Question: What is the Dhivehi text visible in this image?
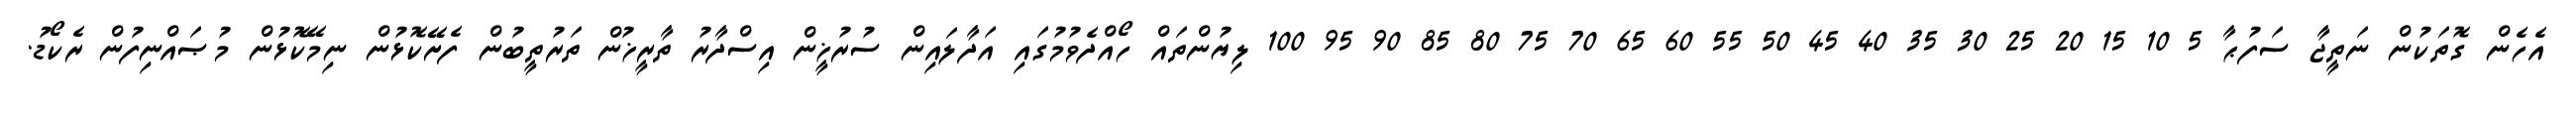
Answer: އެހެން ގޮތަކުން ނަތީޖާ ސަފުޙާ 5 10 15 20 25 30 35 40 45 50 55 60 65 70 75 80 85 90 95 100 ލިޔުންތައް ހޯއްދެވުމުގައި އަދާލައިން ސުރުޚީން އިސްދާރު ތާރީޚުން ތަރުތީބުން ފެށޭކޮޅުން ނިމޭކޮޅުން މުޞައްނިފުން ރެކޯޑު.